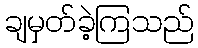
ချမှတ်ခဲ့ကြသည်